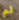
لم